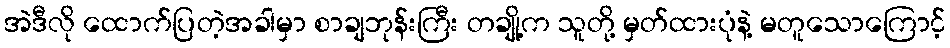
အဲဒီလို ထောက်ပြတဲ့အခါမှာ စာချဘုန်းကြီး တချို့က သူတို့ မှတ်ထားပုံနဲ့ မတူသောကြောင့်